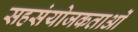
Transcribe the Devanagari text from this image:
सहसंयोजकताओं